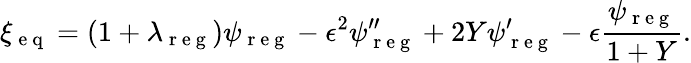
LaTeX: \xi_{\mathrm{~e~q~}}=(1+\lambda_{\mathrm{~r~e~g~}})\psi_{\mathrm{~r~e~g~}}-\epsilon^{2}\psi_{\mathrm{~r~e~g~}}^{\prime\prime}+2Y\psi_{\mathrm{~r~e~g~}}^{\prime}-\epsilon\frac{\psi_{\mathrm{~r~e~g~}}}{1+Y}.